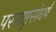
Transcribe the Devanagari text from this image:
परराष्ट्रसंघर्ष